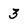
Character: 3